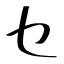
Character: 乜